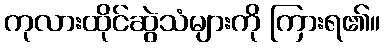
ကုလားထိုင်ဆွဲသံများကို ကြားရ၏။